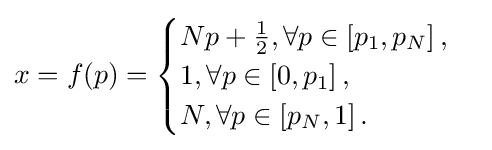
x=f(p)={\begin{cases}Np+{\frac {1}{2}},\forall p\in \left[p_{1},p_{N}\right],\\1,\forall p\in \left[0,p_{1}\right],\\N,\forall p\in \left[p_{N},1\right].\end{cases}}